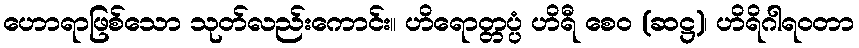
ဟောရာဖြစ်သော သုတ်လည်းကောင်း။ ဟိရောတ္တပ္ပံ ဟိရီ စေဝ (ဆဋ္ဌ)၊ ဟိရိဂါရဝတာ